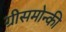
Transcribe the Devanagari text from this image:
ग्रीसमोन्की